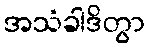
အသံခါဒိတွာ